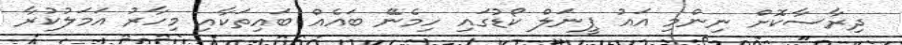
ދިރާސާކޮށް ނިންމި އައު ޕީނަލް ކޯޑުގައި ހިމެނޭ ބައެއް ބައިތަކާއި މިހާރު އަމަލުކުރާ